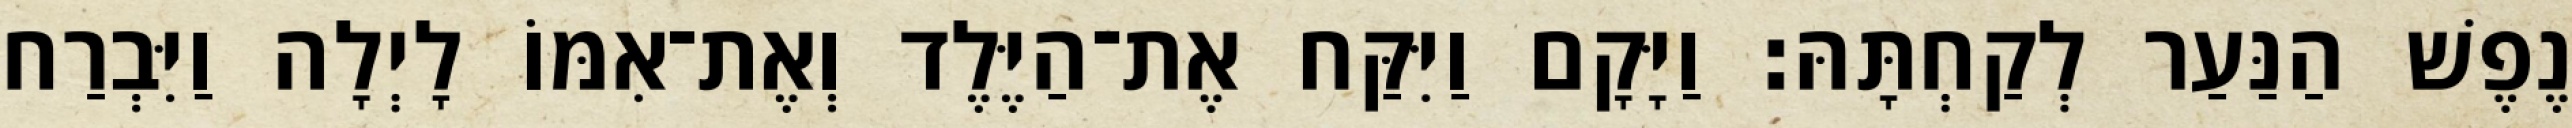
נֶפֶשׁ הַנַּעַר לְקַחְתָּהּ׃ וַיָּקָם וַיִּקַּח אֶת־הַיֶּלֶד וְאֶת־אִמּוֹ לָיְלָה וַיִּבְרַח